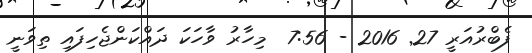
ފެބްރުއަރީ 27